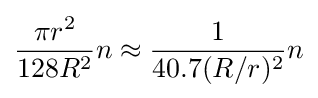
{\frac {\pi r^{2}}{128R^{2}}}n\approx {\frac {1}{40.7(R/r)^{2}}}n